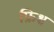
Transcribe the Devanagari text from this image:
फ्रिश्च